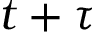
t + \tau